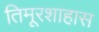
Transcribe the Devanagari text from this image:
तिमूरशाहास